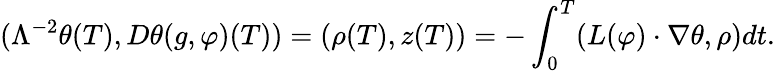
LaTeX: (\Lambda^{-2}\theta(T),D\theta(g,\varphi)(T))=(\rho(T),z(T))=-\int_{0}^{T}(L(\varphi)\cdot\nabla\theta,\rho)dt.